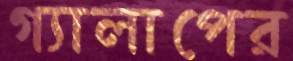
গ্যালাপের